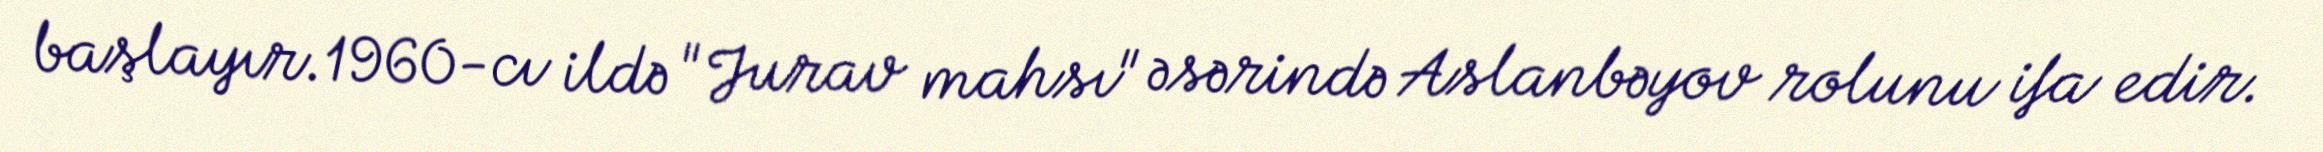
başlayır.1960-cı ildə "Jurav mahsı" əsərində Aslanbəyov rolunu ifa edir.